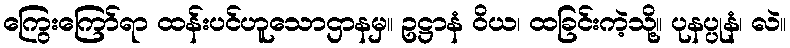
ကြွေးကြော်ရာ ထန်းပင်ဟူသောဌာနမှ။ ဥဋ္ဌာနံ ဝိယ၊ ထခြင်းကဲ့သို့။ ပုနပ္ပုနံ၊ လဲ။